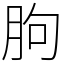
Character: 朐